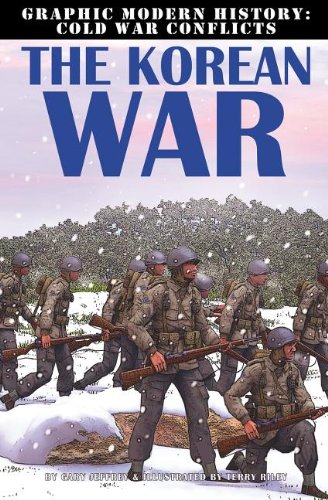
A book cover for The Korean War (Graphic Modern History: Cold War Conflicts); Gary Jeffrey; Children's Books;